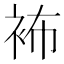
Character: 𧙛